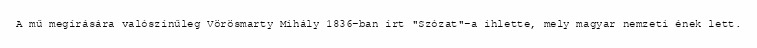
A mű megírására valószínűleg Vörösmarty Mihály 1836-ban írt "Szózat"-a ihlette, mely magyar nemzeti ének lett.